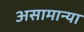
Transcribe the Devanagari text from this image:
असामान्या